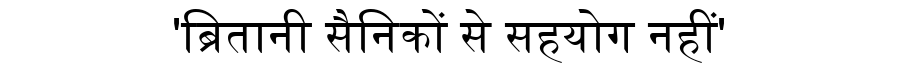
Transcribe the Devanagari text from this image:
'ब्रितानी सैनिकों से सहयोग नहीं'